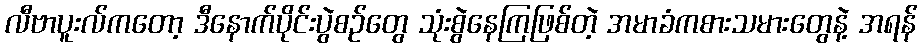
လီဗာပူးလ်ကတော့ ဒီနောက်ပိုင်းပွဲစဉ်တွေ သုံးစွဲနေကြဖြစ်တဲ့ အမာခံကစားသမားတွေနဲ့ အရန်